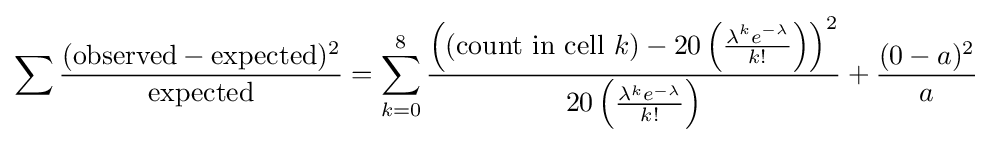
\sum {\frac {({\text{observed}}-{\text{expected}})^{2}}{\text{expected}}}=\sum _{k=0}^{8}{\frac {\left(({\text{count in cell }}k)-20\left({\frac {\lambda ^{k}e^{-\lambda }}{k!}}\right)\right)^{2}}{20\left({\frac {\lambda ^{k}e^{-\lambda }}{k!}}\right)}}+{\frac {(0-a)^{2}}{a}}